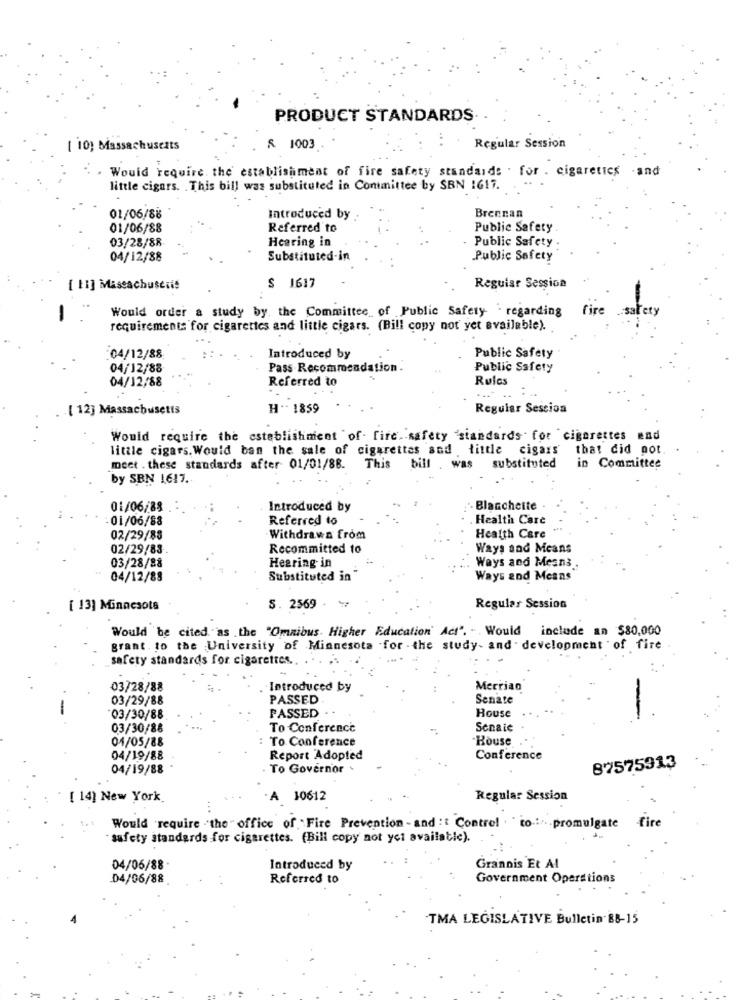
PRODUCT STANDARDS.
[ 10) Massachusetts
& 1003
Regular Session
. . Would require, the establishment of fire safety standards . for . cigarettes -and
little cigars. . This bill was substituted in Committee by SBN 1617. .
01/06/88
Introduced by
Brennan
01/06/88
Referred to
Public Safety
03/28/88
Hearing in
Public Safety
04/12/88
Substituted-in
Public Safety
[ 11] Maseachuseris
S 1617
Reguiar Session
Would order a study by the Committee of Public Safety regarding fire safety
requirements for cigarettes and little cigars. (Bill copy not yet available).
Introduced by
04/12/88
Public Safety
04/12/88
Pass Recommendation.
Public Safety
Referred to
Rules
04/12/88
.[ 12] Massachusetts
H .. 1859
Regular Sescion
Would require the establishment of fire safety standards for cigarettes and
little cigars. Would ban the sale of cigarettes and little cigars that did not
meet . these standards after 01/01/88. This bill . was substituted
in Committee
by SBN 1617.
01/06/88
Introduced by
Blanchette
01/06/88
Referred to
. Health Care
02/29/88
Withdrawn from
Health Care
02/29/83
Recommitted to
Ways and Means
Hearing in
Ways and Means
03/28/88
04/12/88
Substituted in
Ways and Means
[ 13] Minnesota
S. 2569 . **
Regular Session
Would be cited as .the "Omnibus. Higher Education' Act". . . Would include an $80,000
grant. to the University of Minnesota -for - the study- and . development of fire
safety standards for cigarettes ..
03/28/88
Introduced by
Merriao
03/29/88
PASSED
Senate
PASSED
03/30/88
House
03/30/88
To Conference
Senaie
04/05/88
To Conference
House
04/19/88
Report Adopted
Conference
04/19/88
To Governor
87575913
[ 14] New York
A 10612
Regular Session
Would require .the " office of Fire Prevention -and : { Contrel . " to .:... promulgate
fire
safety standards for cigarettes. (Bill copy not yet available).
04/06/88 .
Introduced by
Grannis Et Al
04/06/88
Referred to
Government Operations
TMA LEGISLATIVE Bulletin BB-15